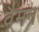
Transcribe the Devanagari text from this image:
वैमन